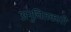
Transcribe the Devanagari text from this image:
अनुचितकारी